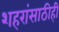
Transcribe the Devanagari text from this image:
शहरांसाठीही